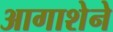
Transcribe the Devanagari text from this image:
आगाशेने